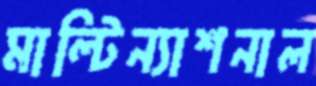
মাল্টিন্যাশনাল